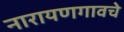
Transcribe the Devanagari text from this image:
नारायणगावचे